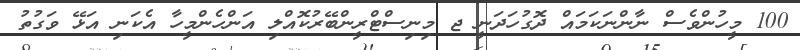
100 މީހުންވެސް ނާންނަކަމައް ދޮގުހަދަނީ ޖ މިނިސްޓްރީންބޭރުކޮއްލި އަންހެންމީހާ އެކަނި އަޅޭ ވަގުތު